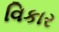
વિકાર